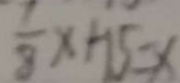
\frac { 1 } { 8 } x + 1 5 = x